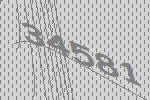
34581